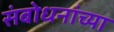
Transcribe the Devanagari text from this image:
संबोधनांच्या